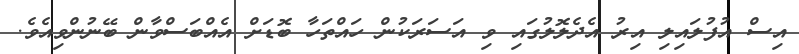
އިސް އުފުލައިލި އިރު އެދެލޮލުގައި ވި އަސަރަކުން ހައްތަހާ ބޮޑަށް އެއްބަސްވާން ބޭނުންވިއެވެ.